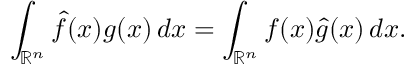
\int _ { \mathbb { R } ^ { n } } { \hat { f } } ( x ) g ( x ) \, d x = \int _ { \mathbb { R } ^ { n } } f ( x ) { \hat { g } } ( x ) \, d x .